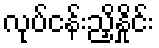
လုပ်ငန်းညှိနှိုင်း